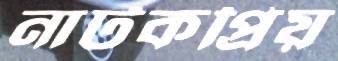
নাটকপ্রিয়